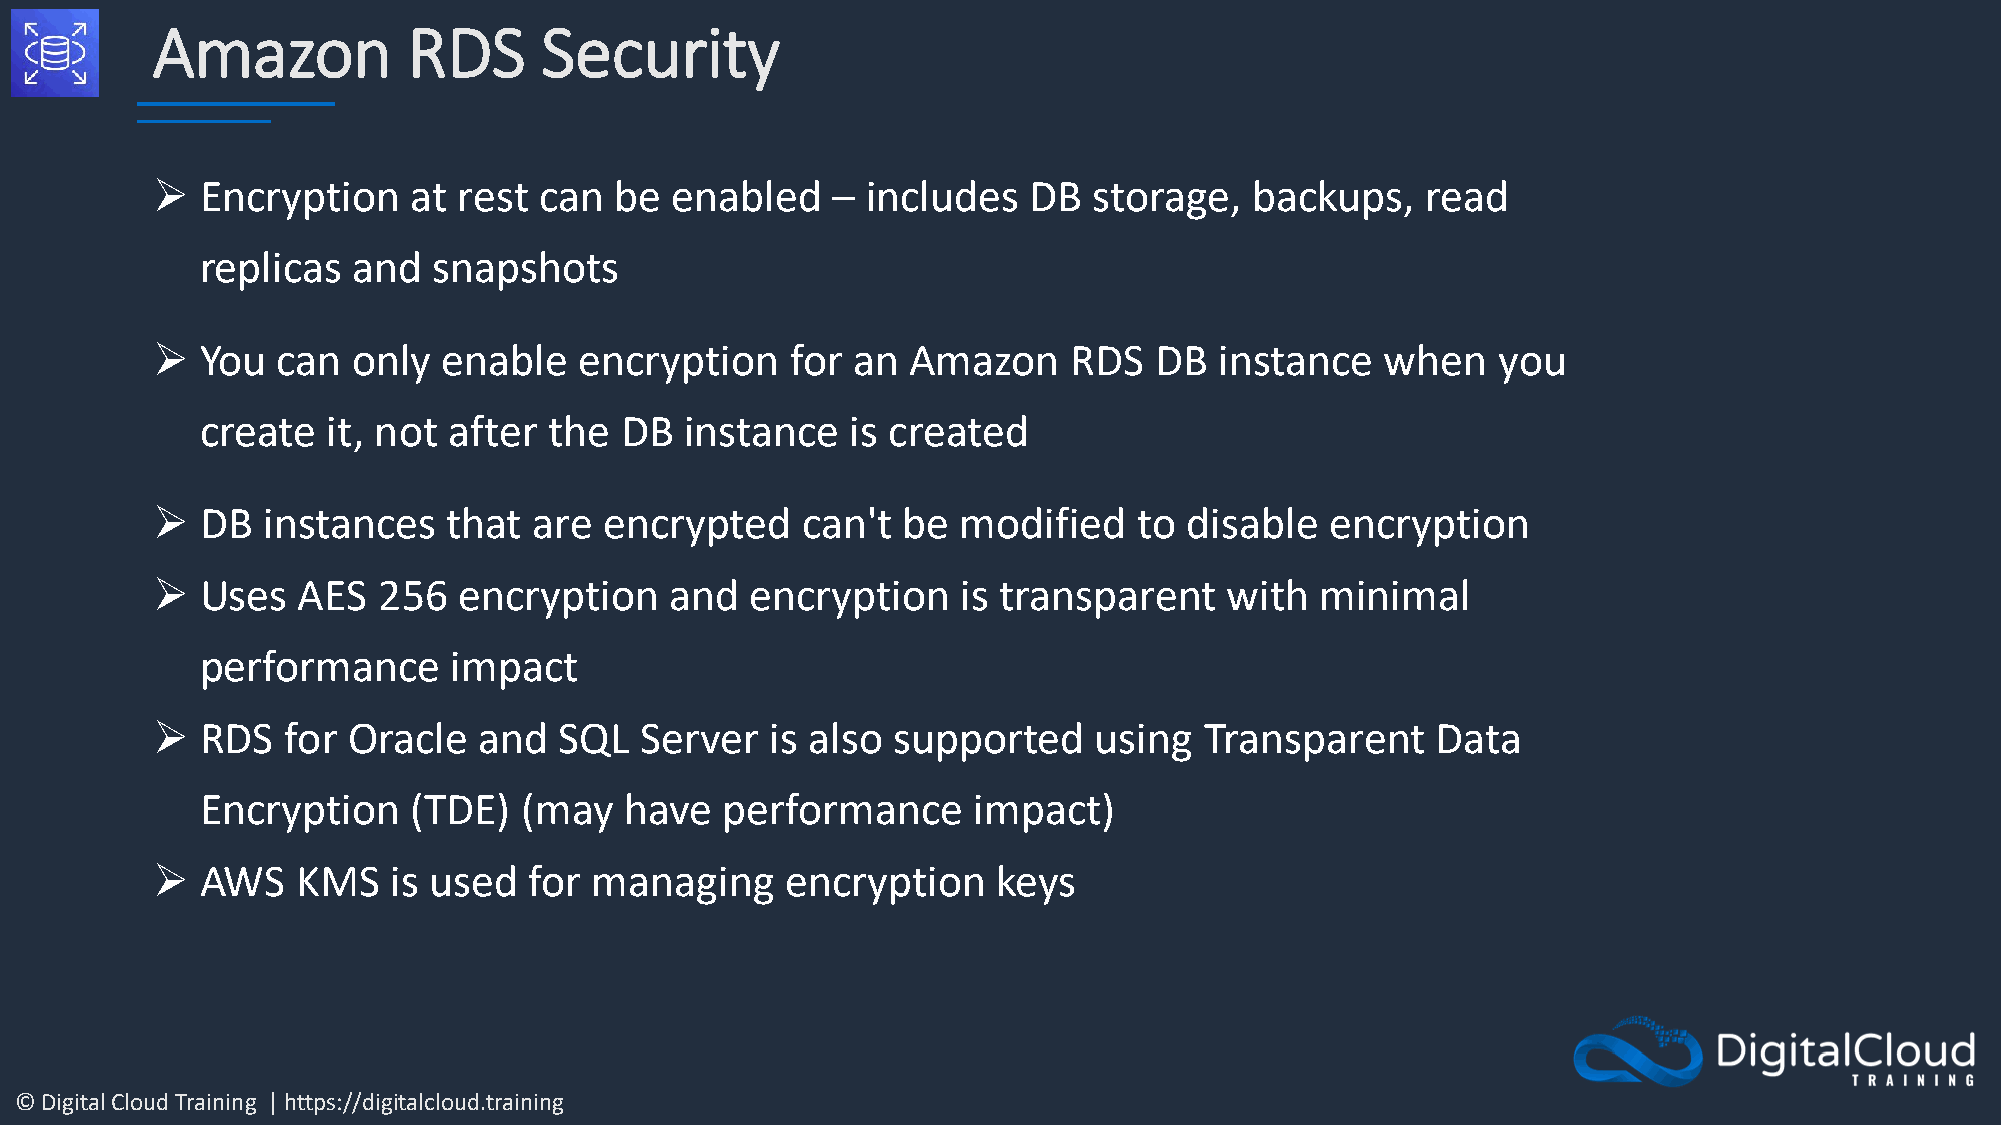
Amazon           RDS      Security
 ➢  Encryption    at rest  can  be enabled    – includes   DB  storage,   backups,   read
 replicas  and   snapshots
 ➢  You  can  only  enable   encryption    for an  Amazon     RDS  DB   instance   when   you
 create   it, not after the  DB  instance   is created
 ➢  DB  instances    that are  encrypted    can't  be  modified   to  disable  encryption
 ➢  Uses   AES  256  encryption    and   encryption    is transparent   with  minimal
 performance      impact
 ➢  RDS   for Oracle   and  SQL  Server   is also supported    using   Transparent    Data
 Encryption    (TDE)   (may  have   performance     impact)
 ➢  AWS    KMS   is used  for managing     encryption    keys
 © Digital Cloud Training | https://digitalcloud.training